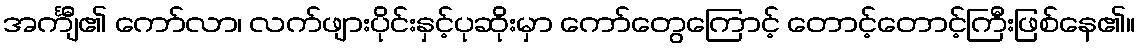
အင်္ကျီ၏ ကော်လာ၊ လက်ဖျားပိုင်းနှင့်ပုဆိုးမှာ ကော်တွေကြောင့် တောင့်တောင့်ကြီးဖြစ်နေ၏။